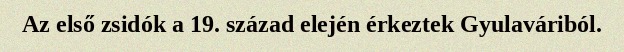
Az el­ső zsidók a 19. század elején érkeztek Gyulaváriból.